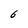
Character: 6